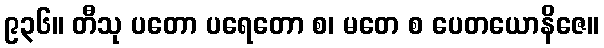
၉၃၆။ တီသု ပတော ပရေတော စ၊ မတေ စ ပေတယောနိဇေ။